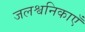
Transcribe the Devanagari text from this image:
जलश्वनिकाएँ